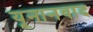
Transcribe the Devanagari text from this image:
यूनानवाद